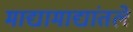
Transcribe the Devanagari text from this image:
माद्यामाद्यांतले